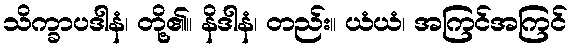
သိက္ခာပဒါနံ၊ တို့၏။ နိဒါနံ၊ တည်း။ ယံယံ၊ အကြင်အကြင်